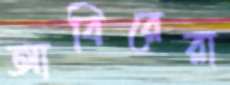
আবিরেরা